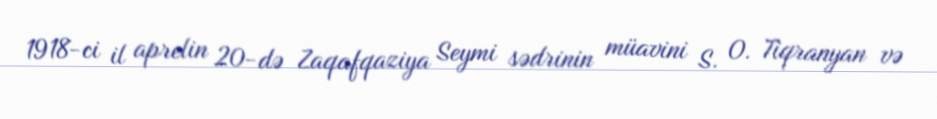
1918-ci il aprelin 20-də Zaqafqaziya Seymi sədrinin müavini S. O. Tiqranyan və